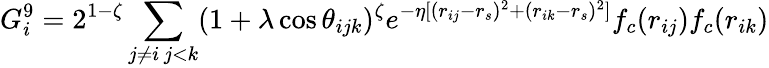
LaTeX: G_{i}^{9}=2^{1-\zeta}\sum_{\substack{j\neq i\, j<k}}(1+\lambda\cos\theta_{ijk})^{\zeta}e^{-\eta[(r_{ij}-r_{s})^{2}+(r_{ik}-r_{s})^{2}]}f_{c}(r_{ij})f_{c}(r_{ik})